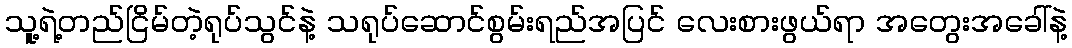
သူ့ရဲ့တည်ငြိမ်တဲ့ရုပ်သွင်နဲ့ သရုပ်ဆောင်စွမ်းရည်အပြင် လေးစားဖွယ်ရာ အတွေးအခေါ်နဲ့